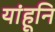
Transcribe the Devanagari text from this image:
यांहूनि